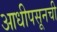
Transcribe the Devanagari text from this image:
आधीपसूनची